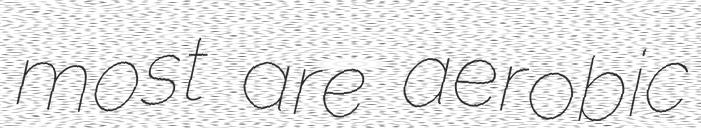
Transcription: most are aerobic